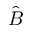
\hat { \boldsymbol B }